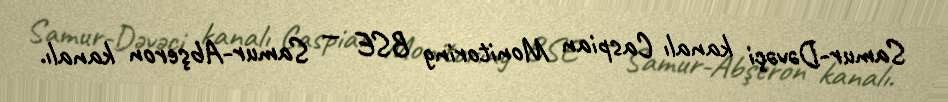
Samur-Dəvəçi kanalı Caspian Monitoring BSE — Samur-Abşeron kanalı.